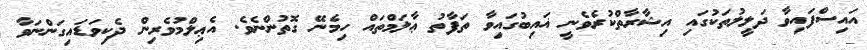
އައިސްފައިވާ ދަލީލުތަކުގައި އިޝާރާތްކުރެވެނީ ޣައިބުގައިވާ ތަފާތު ޢާލަމްތައް ހިމެނޭ ގޮތުންނެވެ. އެޢިލްމުވެރިން ދެކިވަޑައިގަންނަވާ